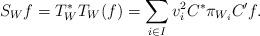
LaTeX: \begin{align*}S_{W}f=T ^{*}_{W}T_{W}(f)=\sum _{i\in I} v_{i}^{2}C^{*}\pi_{W_{i}} C^{\prime}f.\end{align*}